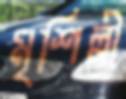
মৃশিল্পী